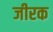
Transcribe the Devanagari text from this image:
जीरक